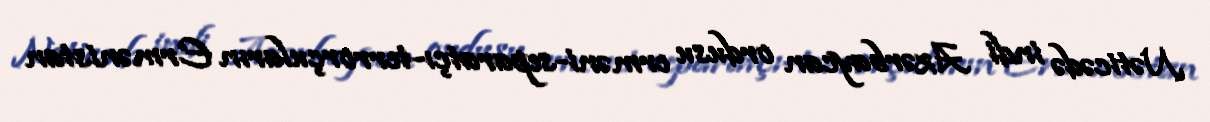
Nəticədə indi Azərbaycan ordusu erməni-separatçı-terrorçuların Ermənistan